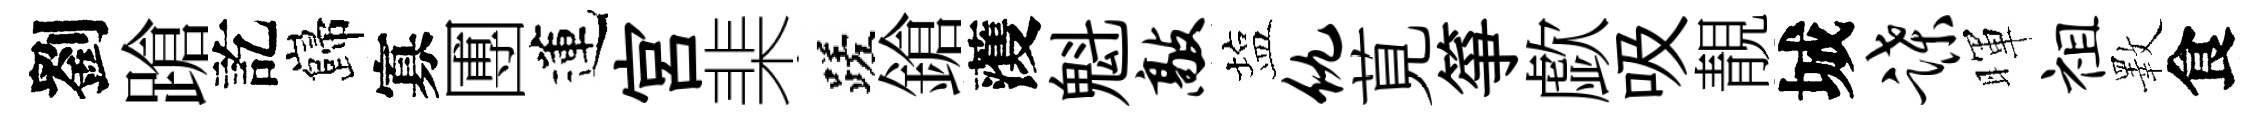
劉蹌訖巋寡圑蓮宮棐蹉鎗𮑮魁敲塩仇莧箏歔吸靚城蹀暉祖斁食